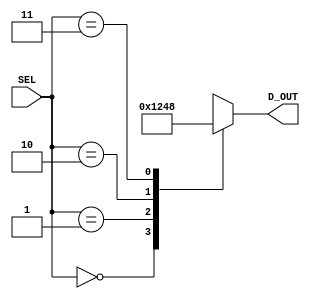
`timescale 1ns / 1ps
`default_nettype none

//////////////////////////////////////////////////////////////////////////////////
// Company: Ratner Surf Designs
// 
// Design Name: 
// Module Name: stand_dcdr_2t4_1hot
// Project Name: 
// Target Devices: 
// Tool Versions: 
// Description: 2:4 standard decoder with 1-hot outputs
//
//  USEAGE: 
//
//  stand_dcdr_2t4_1hot  my_stand_dcdr  (
//       .SEL    (xxxx), 
//       .D_OUT  (xxxx)  ); 
// 
// Dependencies: 
// 
// Revision History:
// Revision 1.00 - (11-05-2018) File Created: 
//          1.01 - (11-24-2019) added macros; made edits
//          1.02 - (12-08-2020) removed default case, comments
//
// Additional Comments:
// 
//////////////////////////////////////////////////////////////////////////////////

   
 module stand_dcdr_2t4_1hot (
    input wire [1:0] SEL, 
    output reg [3:0] D_OUT  );  
       
   
    //- standard decoder for display multiplex 
    always @ (*)
    begin
       case (SEL)
          0: D_OUT = 4'b0001;  
          1: D_OUT = 4'b0010; 
          2: D_OUT = 4'b0100;
          3: D_OUT = 4'b1000;
          // default D_OUT = 4'b0000; 
       endcase 
    end 

endmodule
	
`default_nettype wire